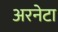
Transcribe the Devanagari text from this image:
अरनेटा